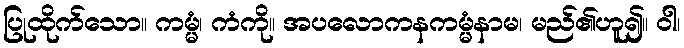
ပြုထိုက်သော။ ကမ္မံ၊ ကံကို။ အပလောကနကမ္မံနာမ၊ မည်၏ဟူ၍။ ဝါ၊